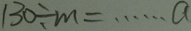
1 3 0 \div m = \cdots a